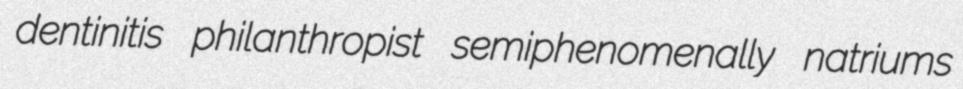
dentinitis philanthropist semiphenomenally natriums